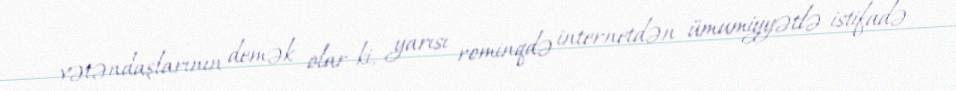
vətəndaşlarının demək olar ki, yarısı rominqdə internetdən ümumiyyətlə istifadə